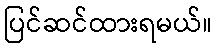
ပြင်ဆင်ထားရမယ်။